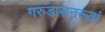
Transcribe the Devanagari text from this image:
गरुडासनरूढां